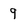
Character: 9